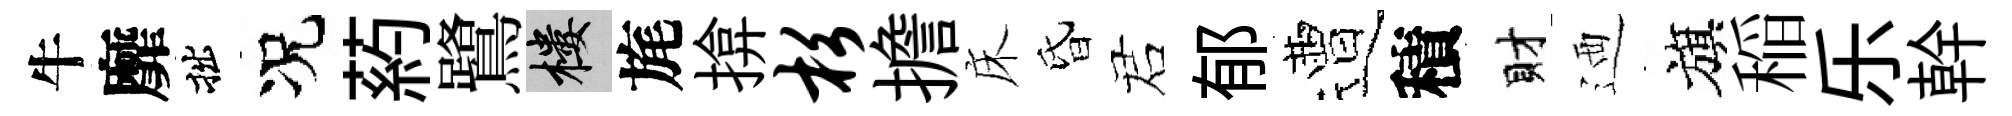
牛靡拙况葯鷺樓旄揜杉擔床昏诺郁遭積財迺旗稲乐幹